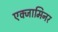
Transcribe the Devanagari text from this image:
एक्जामिनर